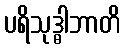
ပရိသုဒ္ဓါဘာတိ